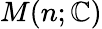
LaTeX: M(n;\mathbb{C})